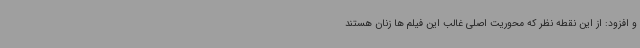
و افزود: از این نقطه نظر که محوریت اصلی غالب این فیلم ها زنان هستند